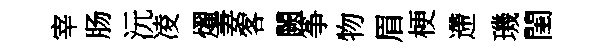
宰肠沅凌燿妻客闕筝物眉梗遰璣閨